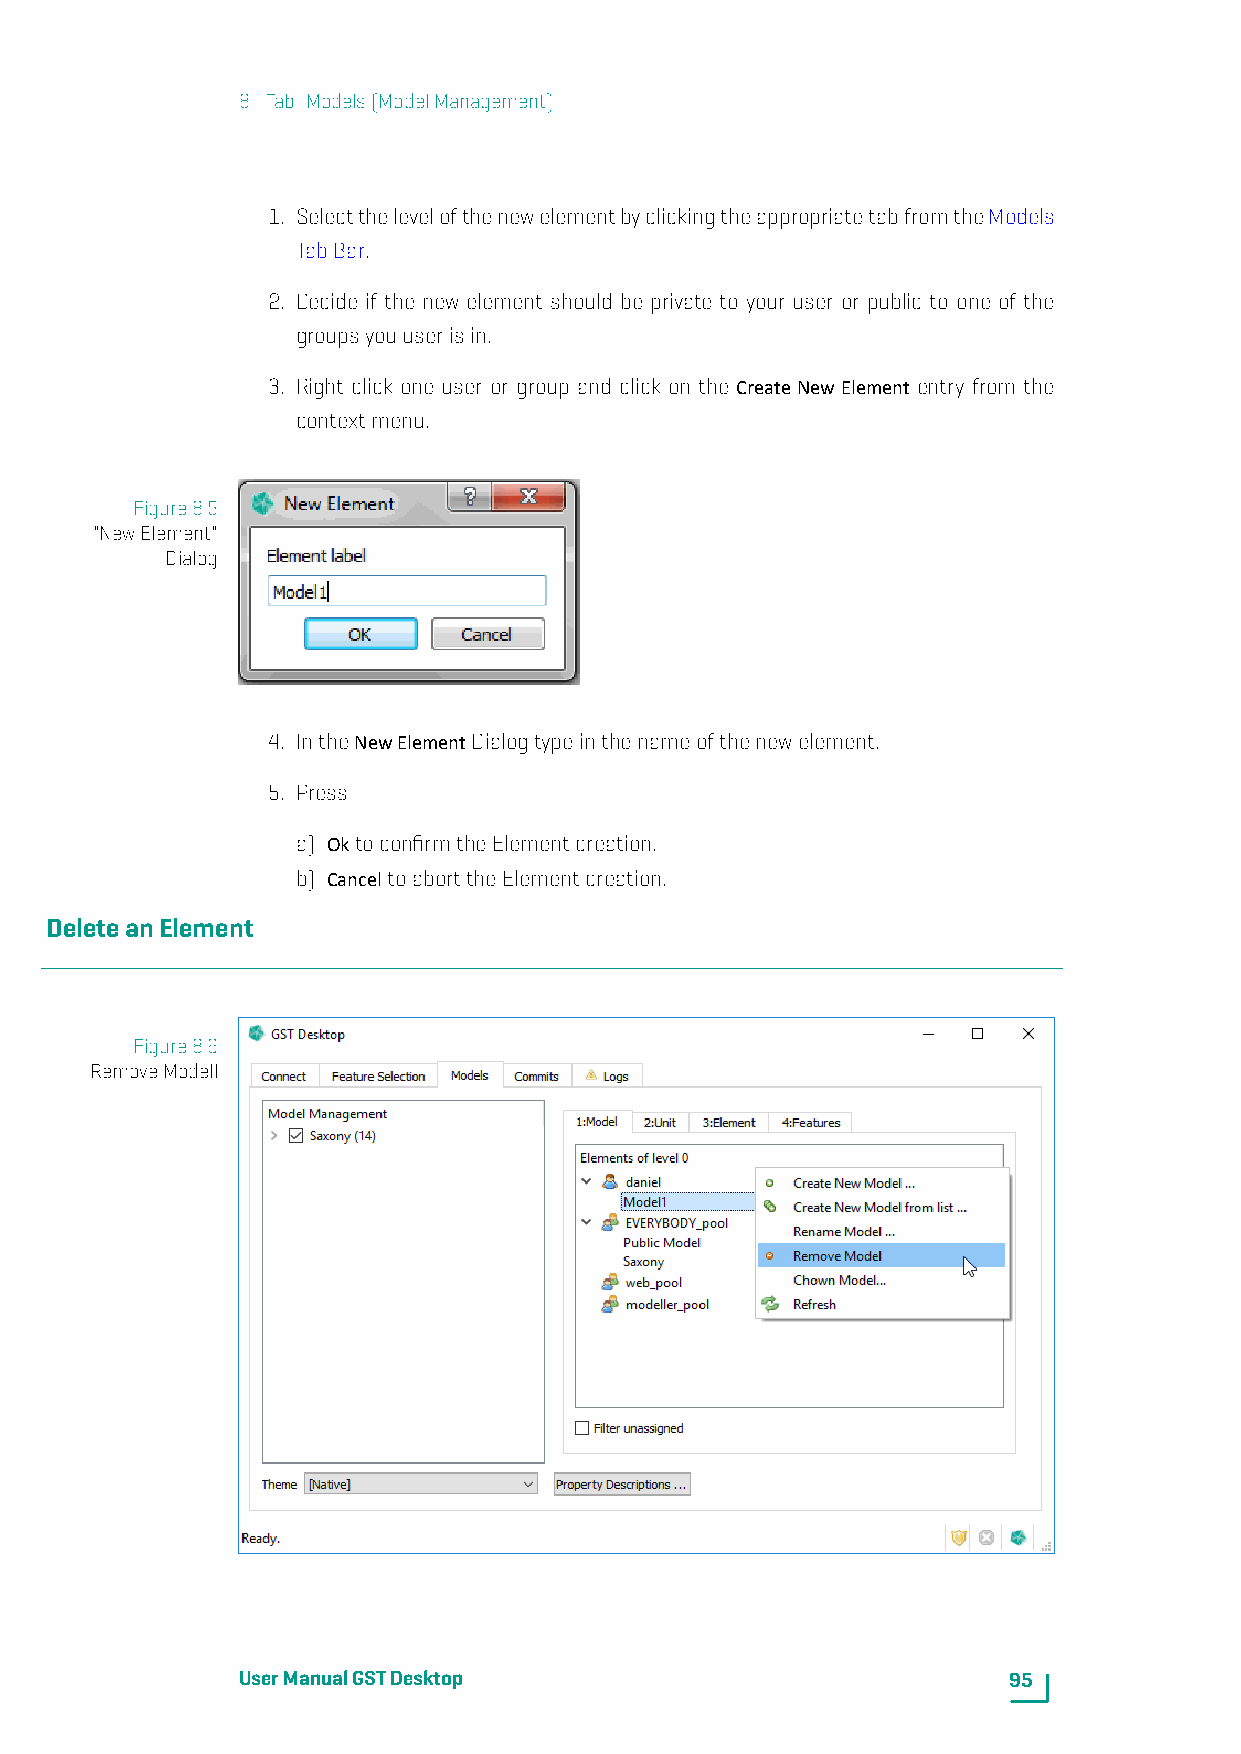
8. Tab: Models(ModelManagement)
 1. SelectthelevelofthenewelementbyclickingtheappropriatetabfromtheModels
 TabBar.
 2. Decide if the new element should be private to your user or public to one of the
 groupsyouuserisin.
 3. Right click one user or group and click on the CreateNewElement entry from the
 contextmenu.
 Figure8.5
 "NewElement"
 Dialog
 4. IntheNewElementDialogtypeinthenameofthenewelement.
 5. Press
 a) OktoconfirmtheElementcreation.
 b) CanceltoaborttheElementcreation.
 DeleteanElement
 Figure8.6
 RemoveModell
 UserManualGSTDesktop                               95